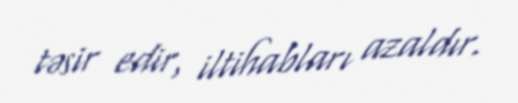
təsir edir, iltihabları azaldır.